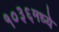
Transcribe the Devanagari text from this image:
१०३६मध्ये